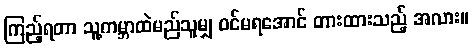
ကြည့်ရတာ သူ့ကမ္ဘာထဲမည်သူမျှ ဝင်မရအောင် တားထားသည့် အလား။